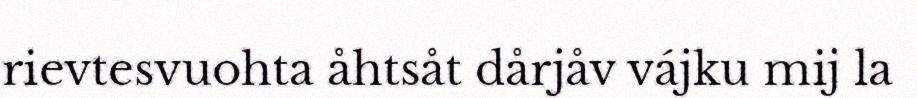
rievtesvuohta åhtsåt dårjåv vájku mij la